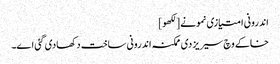
اندرونی امتیازی نمونے [لکھو]
خاکے وچ سیریز دی ممکنہ اندرونی ساخت دکھادی گئی ا‏‏ے۔